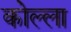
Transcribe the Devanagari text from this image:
कोल्ला